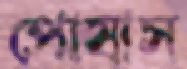
পোষাস